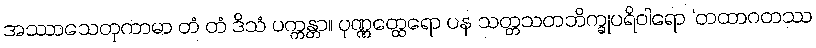
အဿာသေတုကာမာ တံ တံ ဒိသံ ပက္ကန္တာ။ ပုဏ္ဏတ္ထေရော ပန သတ္တသတဘိက္ခုပရိဝါရော ‘တထာဂတဿ